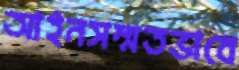
আইনসম্মতভাবে